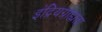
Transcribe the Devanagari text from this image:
इंद्रियग्राह्यता